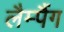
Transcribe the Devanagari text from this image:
लैम्पैंग